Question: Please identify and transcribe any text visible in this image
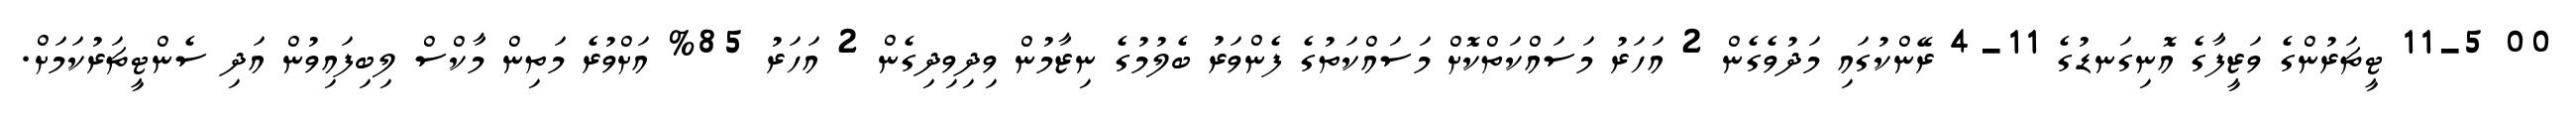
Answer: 00 11-5 ޓީޗަރުންގެ ވަޒީފާގެ އޮނިގަނޑުގެ 11-4 ރޭންކުގައި މަދުވެގެން 2 އަހަރު މަސައްކަތްކޮށް މަސައްކަތުގެ ފެންވަރު ބެލުމުގެ ނިޒާމުން ވިދިވިދިގެން 2 އަހަރު 85% އަށްވުރެ މަތިން މާކްސް ލިބިފައިވުން އަދި ސެންޓީޗަރުކަމަށް.